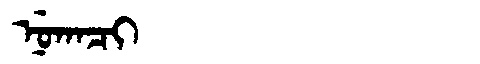
Manchu: ᠨᡠᡴᠠᠴᡳ
Romanization: NUKACI